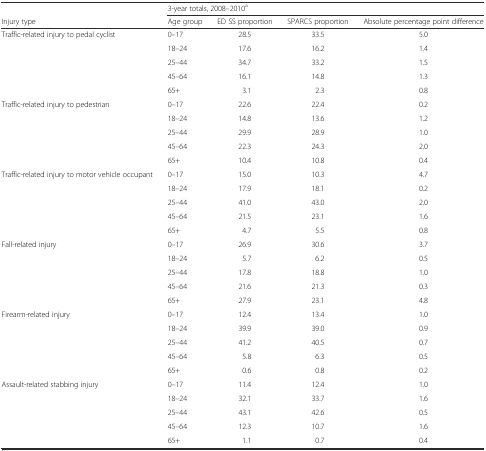
<table><thead><tr><td></td><td colspan="4"><b>3-year totals, 2008–2010<sup>a</sup></b></td></tr><tr><td><b>Injury type</b></td><td><b>Age group</b></td><td><b>ED SS proportion</b></td><td><b>SPARCS proportion</b></td><td><b>Absolute percentage point difference</b></td></tr></thead><tbody><tr><td rowspan="5">Traffic-related injury to pedal cyclist</td><td>0–17</td><td>28.5</td><td>33.5</td><td>5.0</td></tr><tr><td>18–24</td><td>17.6</td><td>16.2</td><td>1.4</td></tr><tr><td>25–44</td><td>34.7</td><td>33.2</td><td>1.5</td></tr><tr><td>45–64</td><td>16.1</td><td>14.8</td><td>1.3</td></tr><tr><td>65+</td><td>3.1</td><td>2.3</td><td>0.8</td></tr><tr><td rowspan="5">Traffic-related injury to pedestrian</td><td>0–17</td><td>22.6</td><td>22.4</td><td>0.2</td></tr><tr><td>18–24</td><td>14.8</td><td>13.6</td><td>1.2</td></tr><tr><td>25–44</td><td>29.9</td><td>28.9</td><td>1.0</td></tr><tr><td>45–64</td><td>22.3</td><td>24.3</td><td>2.0</td></tr><tr><td>65+</td><td>10.4</td><td>10.8</td><td>0.4</td></tr><tr><td rowspan="5">Traffic-related injury to motor vehicle occupant</td><td>0–17</td><td>15.0</td><td>10.3</td><td>4.7</td></tr><tr><td>18–24</td><td>17.9</td><td>18.1</td><td>0.2</td></tr><tr><td>25–44</td><td>41.0</td><td>43.0</td><td>2.0</td></tr><tr><td>45–64</td><td>21.5</td><td>23.1</td><td>1.6</td></tr><tr><td>65+</td><td>4.7</td><td>5.5</td><td>0.8</td></tr><tr><td rowspan="5">Fall-related injury</td><td>0–17</td><td>26.9</td><td>30.6</td><td>3.7</td></tr><tr><td>18–24</td><td>5.7</td><td>6.2</td><td>0.5</td></tr><tr><td>25–44</td><td>17.8</td><td>18.8</td><td>1.0</td></tr><tr><td>45–64</td><td>21.6</td><td>21.3</td><td>0.3</td></tr><tr><td>65+</td><td>27.9</td><td>23.1</td><td>4.8</td></tr><tr><td rowspan="5">Firearm-related injury</td><td>0–17</td><td>12.4</td><td>13.4</td><td>1.0</td></tr><tr><td>18–24</td><td>39.9</td><td>39.0</td><td>0.9</td></tr><tr><td>25–44</td><td>41.2</td><td>40.5</td><td>0.7</td></tr><tr><td>45–64</td><td>5.8</td><td>6.3</td><td>0.5</td></tr><tr><td>65+</td><td>0.6</td><td>0.8</td><td>0.2</td></tr><tr><td rowspan="5">Assault-related stabbing injury</td><td>0–17</td><td>11.4</td><td>12.4</td><td>1.0</td></tr><tr><td>18–24</td><td>32.1</td><td>33.7</td><td>1.6</td></tr><tr><td>25–44</td><td>43.1</td><td>42.6</td><td>0.5</td></tr><tr><td>45–64</td><td>12.3</td><td>10.7</td><td>1.6</td></tr><tr><td>65+</td><td>1.1</td><td>0.7</td><td>0.4</td></tr></tbody></table>